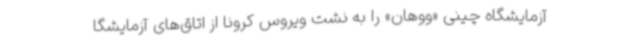
آزمایشگاه چینی «ووهان» را به نشت ویروس کرونا از اتاق‌های آزمایشگا